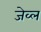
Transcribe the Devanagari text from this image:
जेव्ल